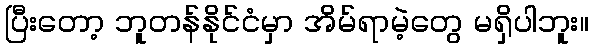
ပြီးတော့ ဘူတန်နိုင်ငံမှာ အိမ်ရာမဲ့တွေ မရှိပါဘူး။